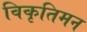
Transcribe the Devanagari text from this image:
विकृतिमन